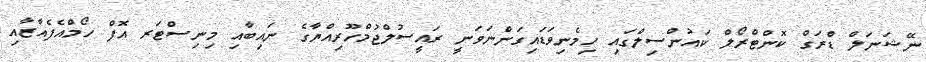
ނޭޝަނަލް ޑްރަގް ކޮންޓްރޯލް ކައުންސިލްގައި ހިމެނިވަޑައިގަންނަވަނީ ރައީސުލްޖުމްހޫރިއްޔާގެ ނައިބާއި މިނިސްޓަރ އޮފް ހޯމްއެފެއާޒާއި